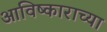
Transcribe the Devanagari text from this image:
आविष्काराच्या